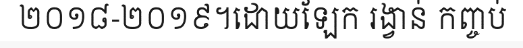
២០១៨-២០១៩។ដោយឡែក រង្វាន់ កញ្ចប់